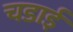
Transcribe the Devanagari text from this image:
चडाई